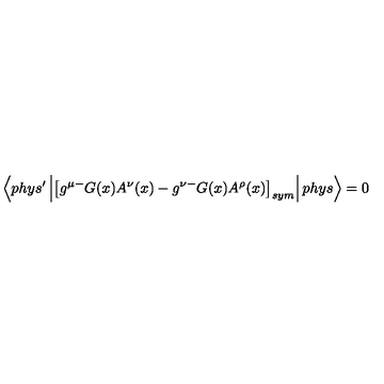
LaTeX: \left\langle p h y s ^ { \prime } \left| \left[ g ^ { \mu - } G ( x ) A ^ { \nu } ( x ) - g ^ { \nu - } G ( x ) A ^ { \rho } ( x ) \right] _ { s y m } \right| p h y s \right\rangle = 0